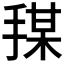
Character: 𪮍